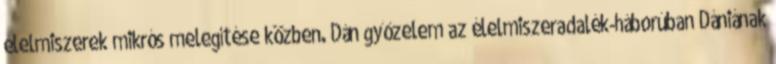
élelmiszerek mikrós melegítése közben. Dán győzelem az élelmiszeradalék-háborúban Dániának